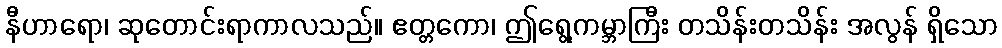
နီဟာရော၊ ဆုတောင်းရာကာလသည်။ ဧတ္တကော၊ ဤရွေ့ကမ္ဘာကြီး တသိန်းတသိန်း အလွန် ရှိသော